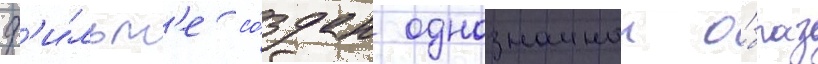
ф'и́льм'е со́здан однозначныи о́браз